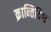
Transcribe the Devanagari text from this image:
क्रान्तिविश्व